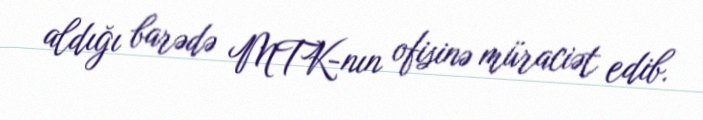
aldığı barədə MTK-nın ofisinə müraciət edib.